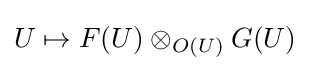
U\mapsto F(U)\otimes _{O(U)}G(U)